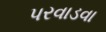
પરવાડવા